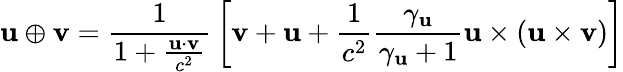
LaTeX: \mathbf{u}\oplus\mathbf{v}={\frac{1}{1+{\frac{\mathbf{u}\cdot\mathbf{v}}{c^{2}}}}}\left[\mathbf{v}+\mathbf{u}+{\frac{1}{c^{2}}}{\frac{\gamma_{\mathbf{u}}}{\gamma_{\mathbf{u}}+1}}\mathbf{u}\times(\mathbf{u}\times\mathbf{v})\right]